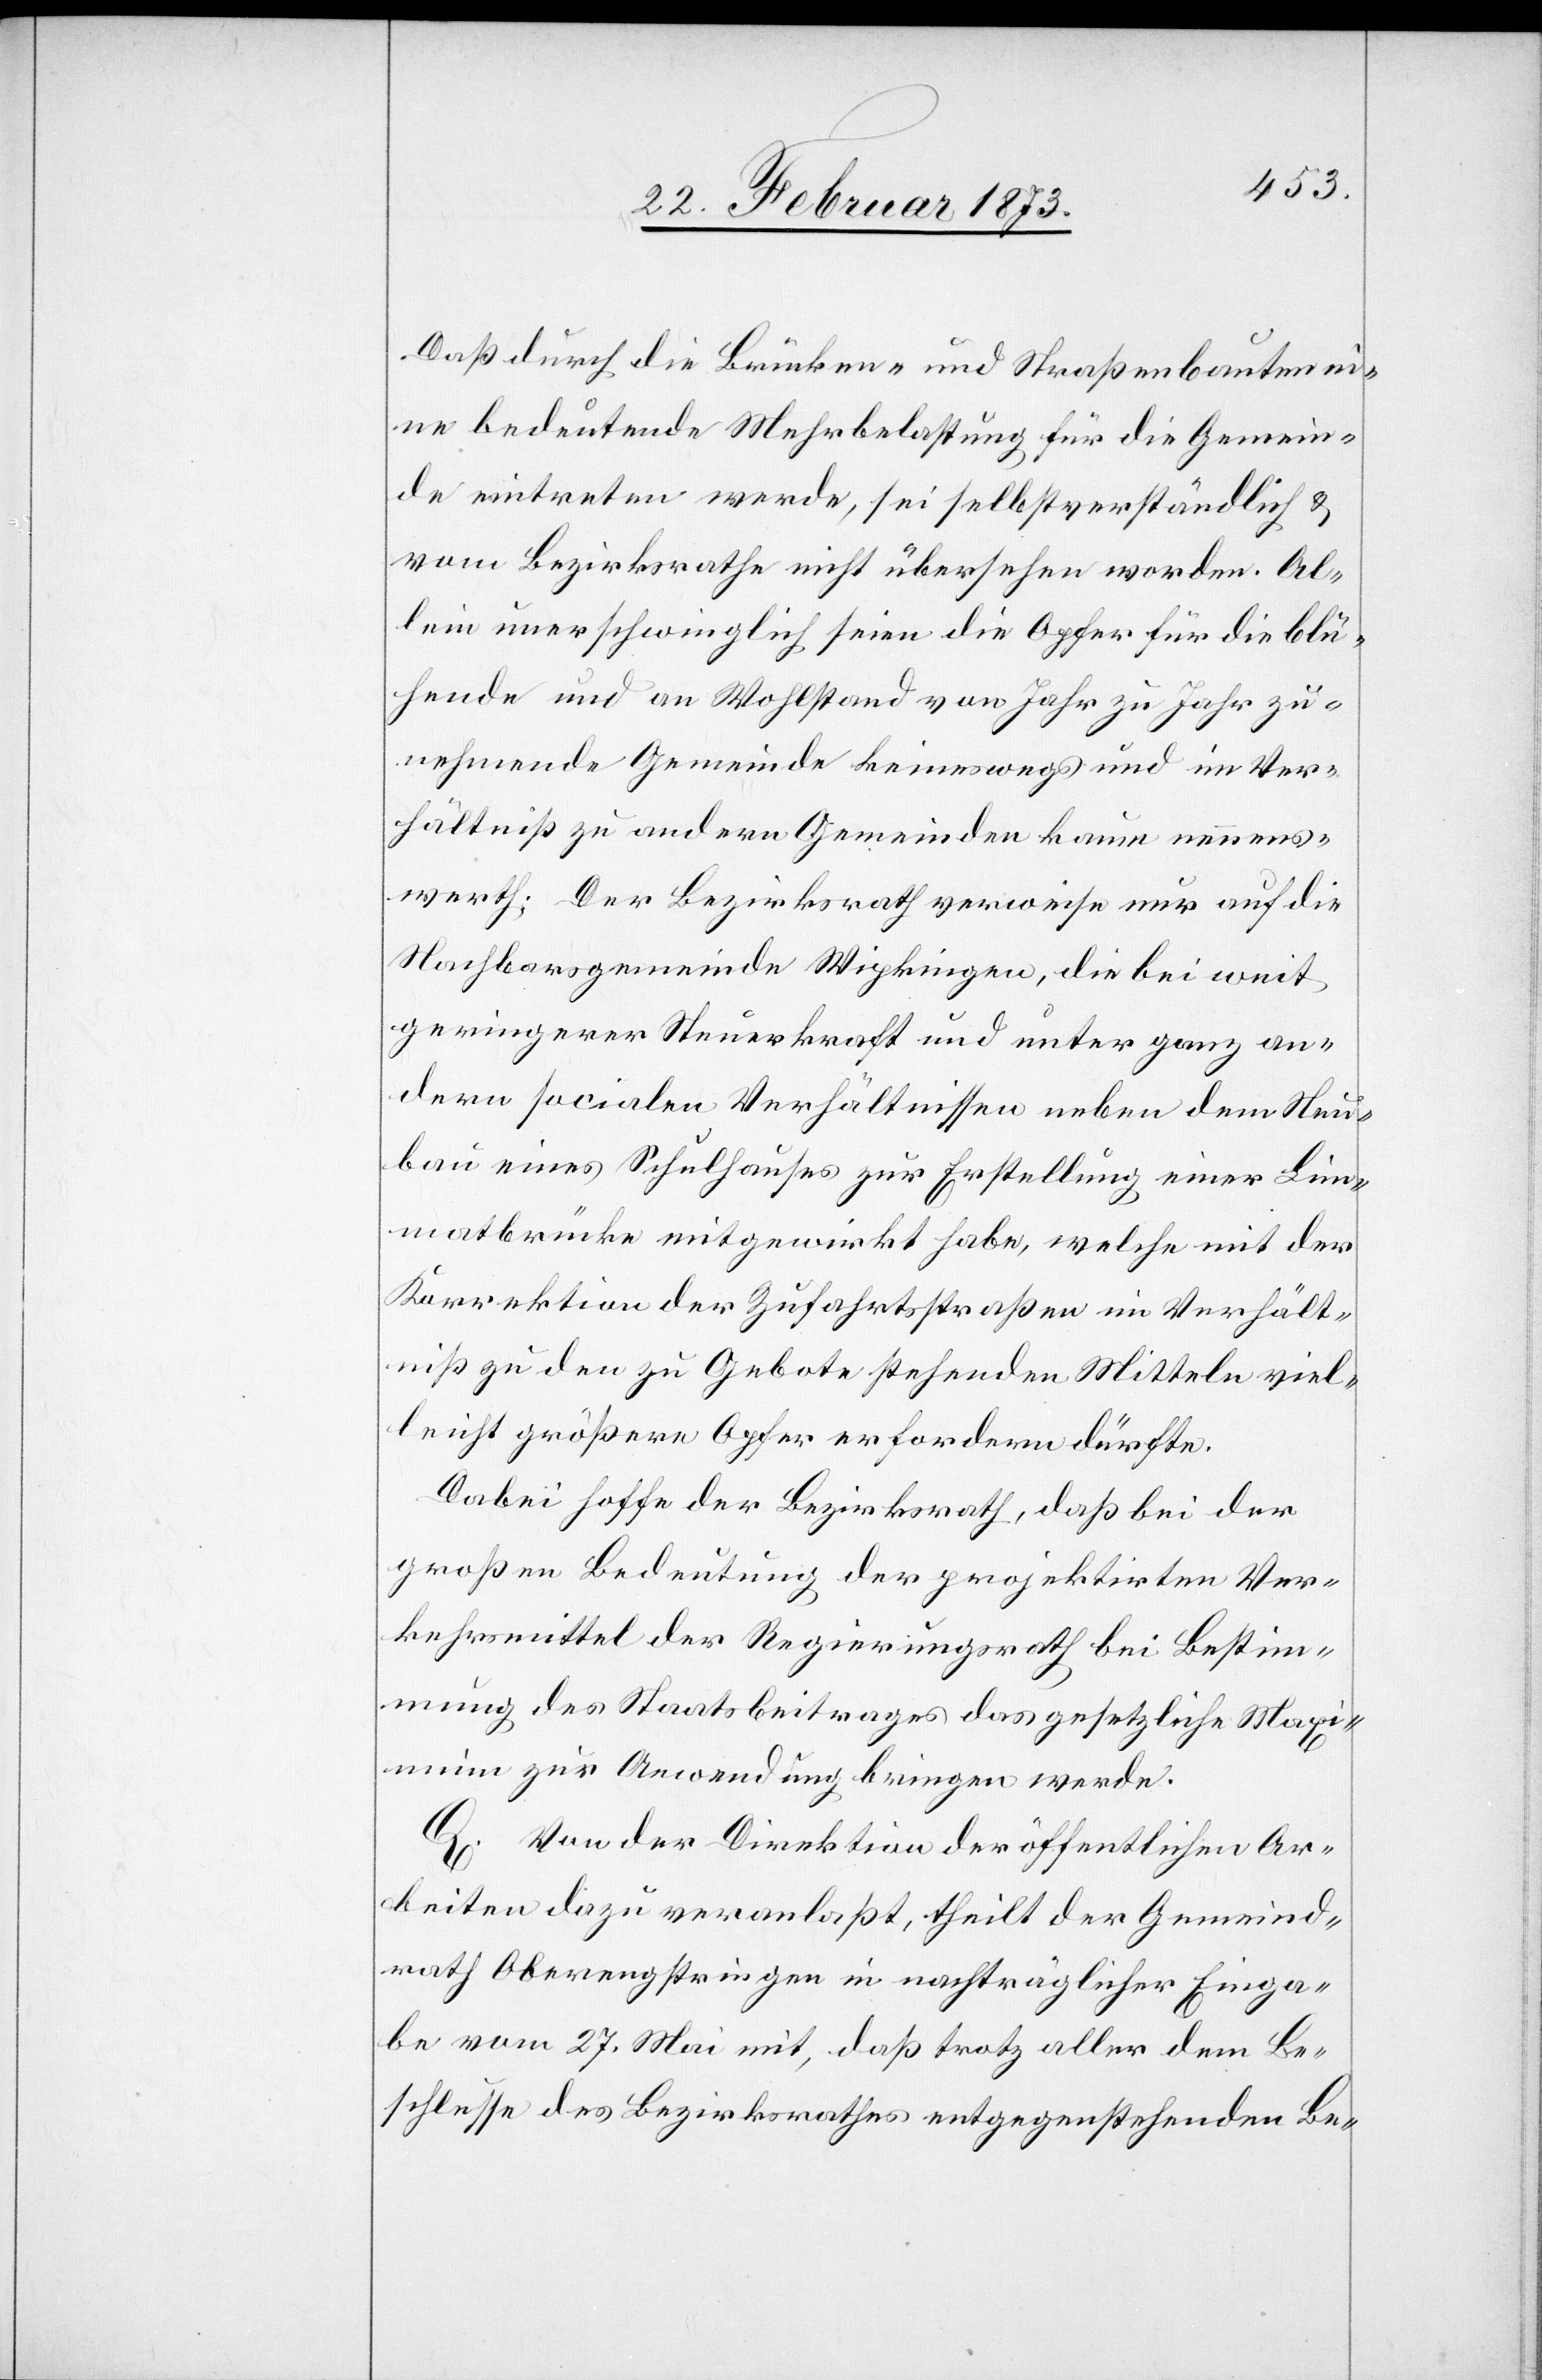
Daß durch die Brücken- und Straßenbauten ei¬
ne bedeutende Mehrbelastung für die Gemein¬
de eintreten werde, sei selbstverständlich u.
vom Bezirksrathe nicht übersehen worden. Al¬
lein unerschwinglich seien die Opfer für die blü¬
hende und an Wohlstand von Jahr zu Jahr zu¬
nehmende Gemeinde keineswegs und im Ver¬
hältniß zu andern Gemeinden kaum nennens¬
werth. Der Bezirksrath verweise nur auf die
Nachbarsgemeinde Wipkingen, die bei weit
geringerer Steuerkraft und unter ganz an¬
dern socialen Verhältnissen neben dem Neu¬
bau eines Schulhauses zur Erstellung einer Lim¬
matbrücke mitgewirkt habe, welche mit der
Korrektion der Zufahrtsstraßen im Verhält¬
niß zu den zu Gebote stehenden Mitteln viel¬
leicht größere Opfer erfordern dürfte.
Dabei hoffe der Bezirksrath, daß bei der
großen Bedeutung der projektirten Ver¬
kehrsmittel der Regierungsrath bei Bestim¬
mung des Staatsbeitrages das gesetzliche Maxi¬
mum zur Anwendung bringen werde.
Q. Von der Direktion der öffentlichen Ar¬
beiten dazu veranlaßt, theilt der Gemeind¬
rath Oberengstringen in nachträglicher Einga¬
be vom 27. Mai mit, daß trotz aller dem Be¬
schlusse des Bezirksrathes entgegenstehenden Be-